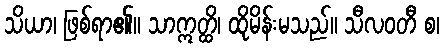
သိယာ၊ ဖြစ်ရာ၏။ သာဣတ္ထိ၊ ထိုမိန်းမသည်။ သီလဝတီ စ၊